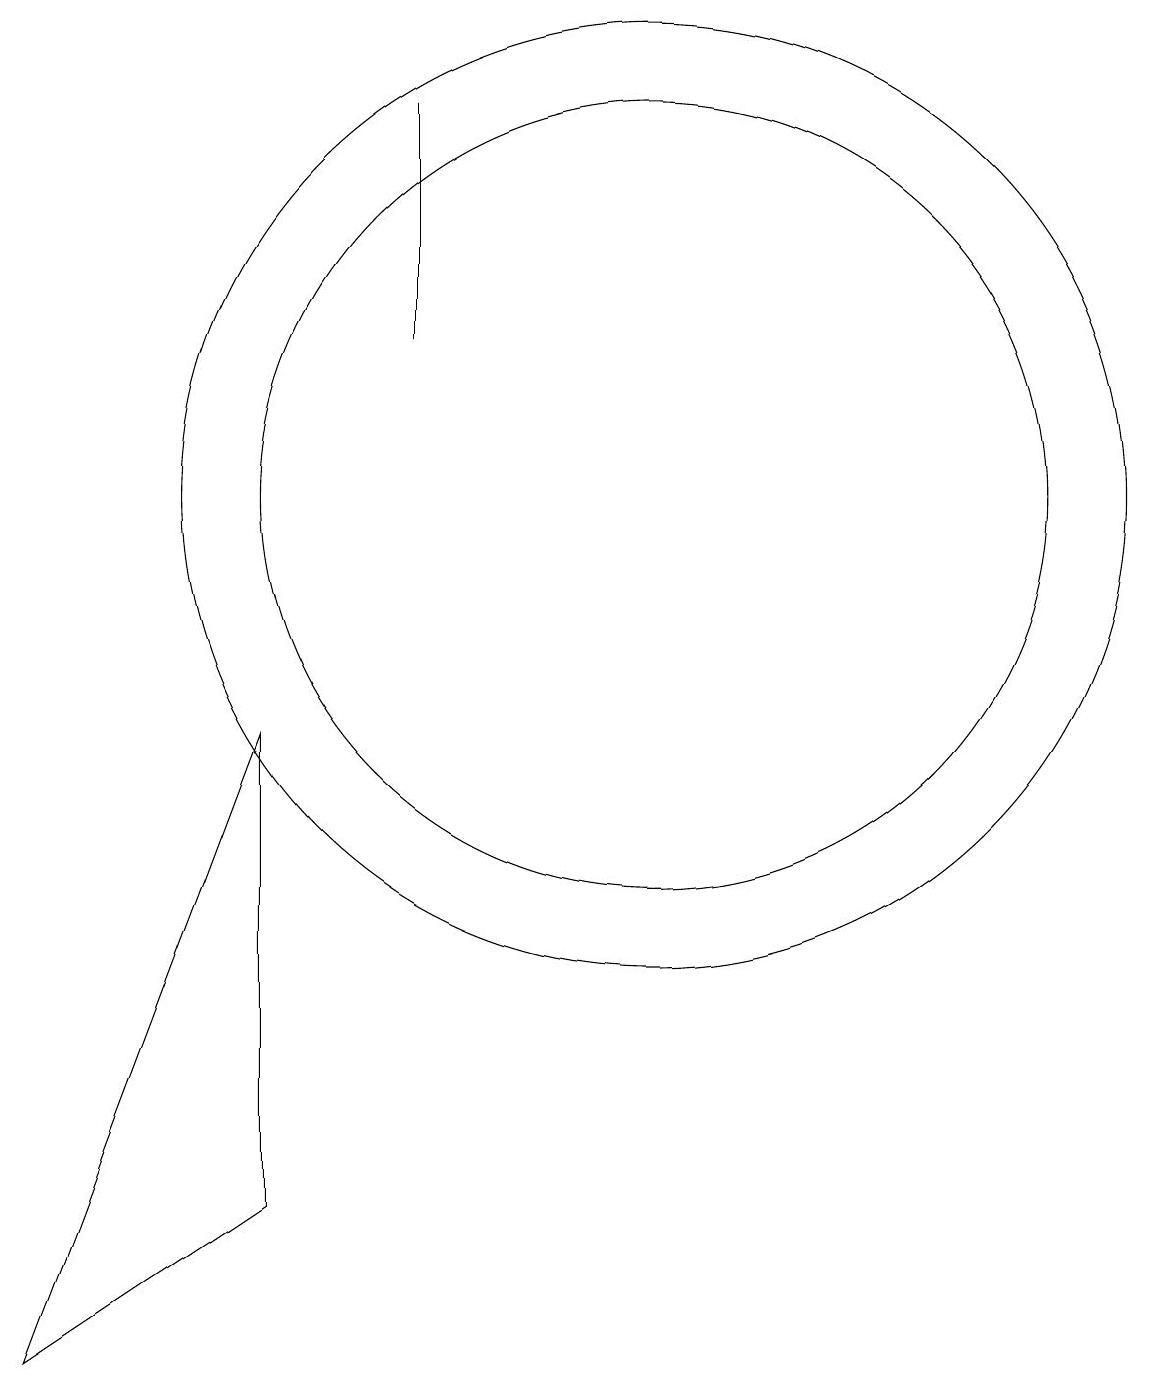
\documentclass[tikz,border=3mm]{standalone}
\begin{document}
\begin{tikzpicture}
\draw (12,11) circle (5);
\draw (7,8) -- (4,0) -- (7,2) -- cycle;
\draw (12,11) circle (6);
\draw (9,13) rectangle (9,16);
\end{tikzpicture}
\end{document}